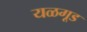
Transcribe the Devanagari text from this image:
यळगूड